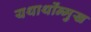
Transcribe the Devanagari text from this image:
यथार्थोंन्मुख